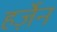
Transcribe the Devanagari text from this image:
हर्ज़ेन